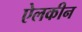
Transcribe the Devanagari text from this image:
ऐलकीन